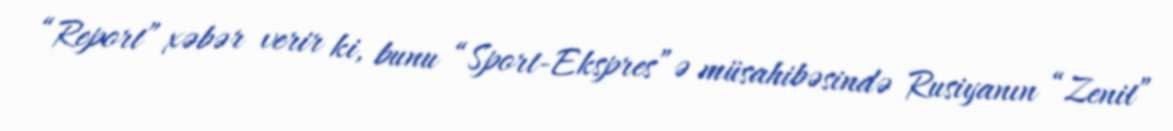
“Report” xəbər verir ki, bunu “Sport-Ekspres”ə müsahibəsində Rusiyanın “Zenit”